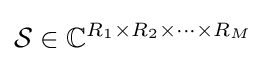
{\mathcal {S}}\in {\mathbb {C} }^{R_{1}\times R_{2}\times \cdots \times R_{M}}